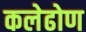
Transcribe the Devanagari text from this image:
कलेढोण